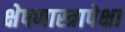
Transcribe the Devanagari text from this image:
क्षेपणास्त्रापेक्षा